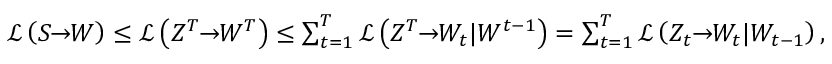
\begin{array} { r } { \mathcal { L } \left( S \! \! \to \! \! W \right) \leq \mathcal { L } \left( Z ^ { T } \! \! \to \! \! W ^ { T } \right) \leq \sum _ { t = 1 } ^ { T } \mathcal { L } \left( Z ^ { T } \! \! \to \! \! W _ { t } | W ^ { t - 1 } \right) = \sum _ { t = 1 } ^ { T } \mathcal { L } \left( Z _ { t } \! \! \to \! \! W _ { t } | W _ { t - 1 } \right) , } \end{array}